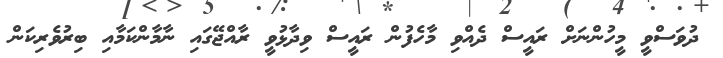
ދުވަސްވީ މީހުންނަށް ރައީސް ދެއްވި މާހެފުން ރައީސް ވިދާޅުވީ ރާއްޖޭގައި ނާމާންކަމާއި ބިރުވެރިކަން